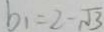
b _ { 1 } = 2 - \sqrt { 3 }